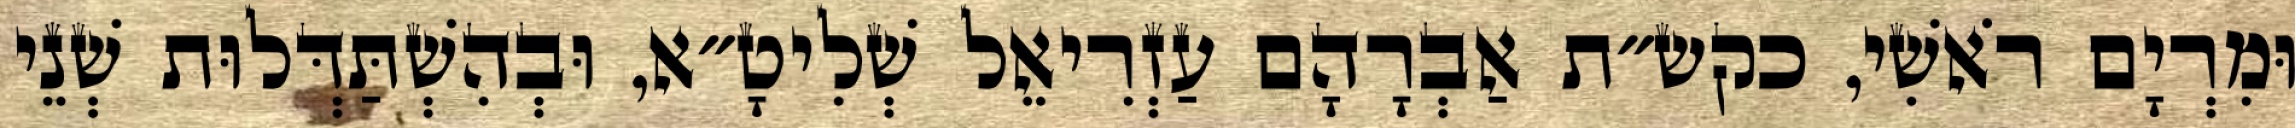
וּמִרְיָם רֹאשִׁי, כקש״ת אַבְרָהָם עַזְרִיאֵל שְׁלִיטָ״א, וּבְהִשְׁתַּדְּלוּת שְׁנֵי